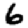
Digit: 6